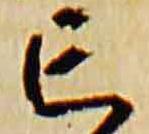
亡